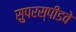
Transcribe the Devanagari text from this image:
सुपरस्पीडवे